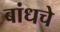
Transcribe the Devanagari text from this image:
बांधचे